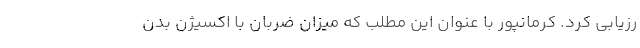
رزیابی کرد. کرمانپور با عنوان این مطلب که میزان ضربان با اکسیژن بدن